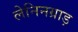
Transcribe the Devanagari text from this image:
लेनिनग्राड़